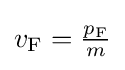
{\textstyle v_{\mathrm {F} }={\frac {p_{\mathrm {F} }}{m}}}